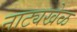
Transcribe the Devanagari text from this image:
नाट्यखेळ